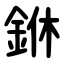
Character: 銝